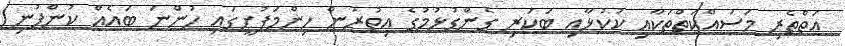
އަތްތެރި މަސައްކަތްތަކާއި ކުކުޅާއި ބަކަރި ގެންގުޅުމުގެ އިތުރުން ހިންމަފުށީގައި ހުންނަ ބައެއް ކުންފުނި